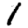
Digit: 1